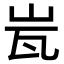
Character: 𭖋